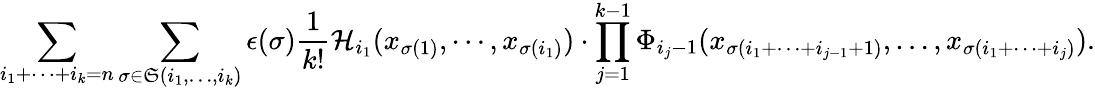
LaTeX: \sum_{i_{1}+\cdots+i_{k}=n}\sum_{\sigma\in\mathfrak{S}(i_{1},\ldots,i_{k})}\epsilon(\sigma)\frac{1}{k!}\mathcal{H}_{i_{1}}(x_{\sigma(1)},\cdots,x_{\sigma(i_{1})})\cdot\prod_{j=1}^{k-1}\Phi_{i_{j}-1}(x_{\sigma(i_{1}+\cdots+i_{j-1}+1)},\ldots,x_{\sigma(i_{1}+\cdots+i_{j})}).